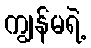
ကျွန်မရဲ့